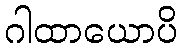
ဂါထာယောပိ